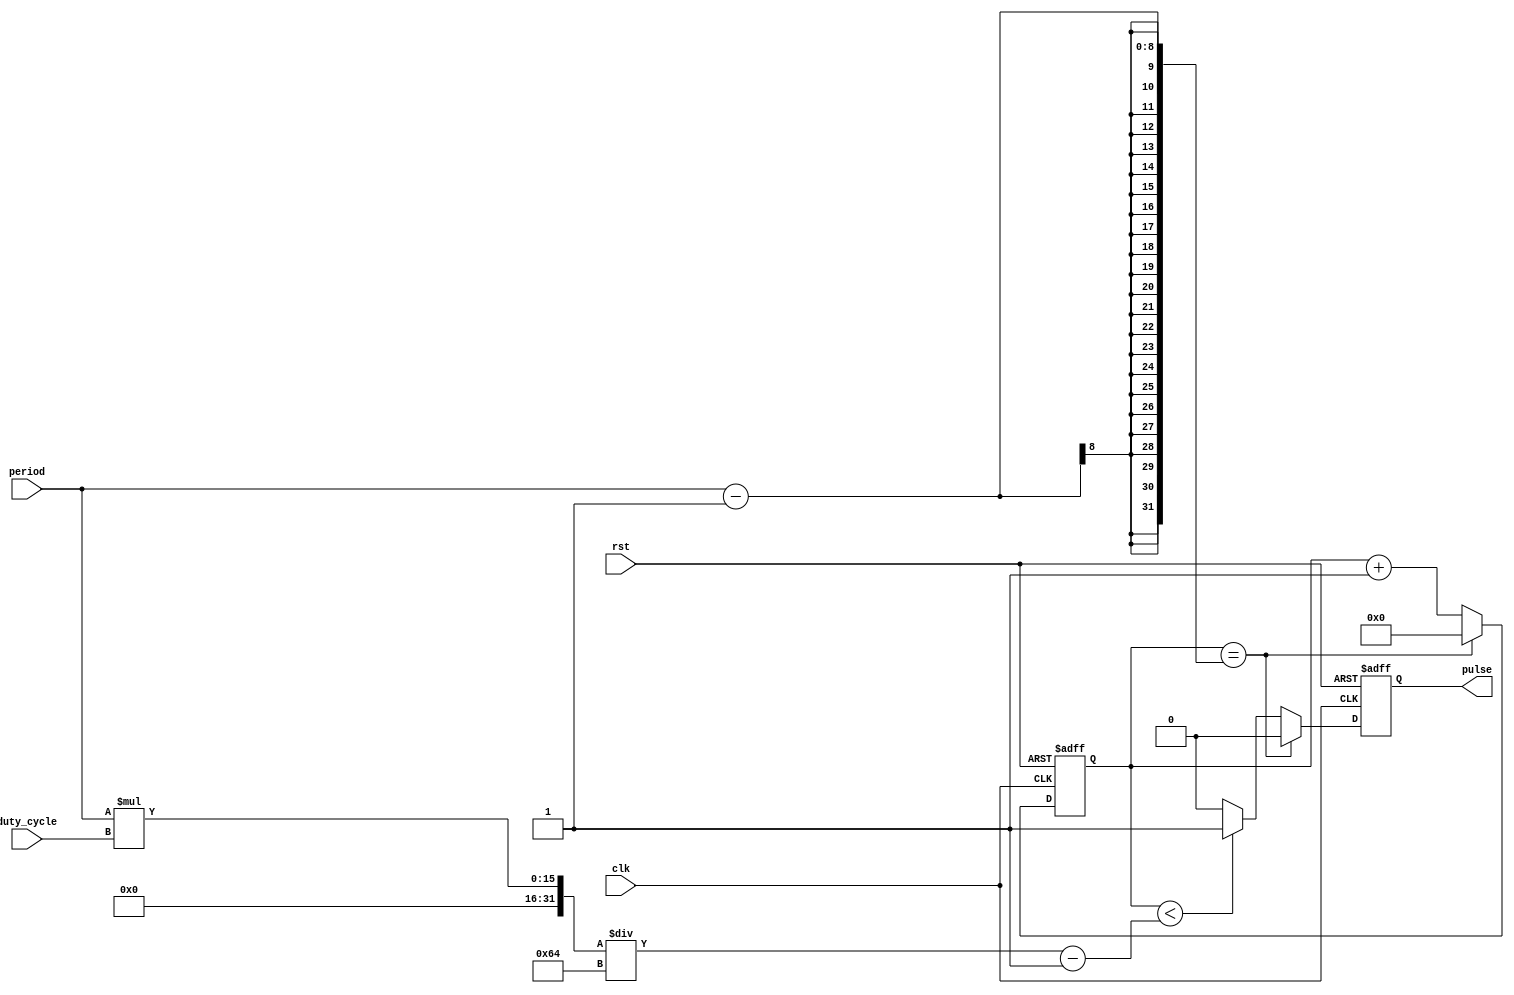
module duty_cycle_pulse_generator (
  input wire clk, // Clock signal
  input wire rst, // Reset signal
  input wire [7:0] period, // Period of the pulse
  input wire [7:0] duty_cycle, // Percentage of time the pulse is high
  output reg pulse // Output pulse signal
);

reg [7:0] counter;

always @(posedge clk or posedge rst) begin
  if (rst) begin
    counter <= 8'h00;
    pulse <= 1'b0;
  end else begin
    counter <= counter + 1;
    if (counter == period - 1) begin
      counter <= 8'h00;
      pulse <= 1'b0;
    end else if (counter < (period * duty_cycle / 100) - 1) begin
      pulse <= 1'b1;
    end else begin
      pulse <= 1'b0;
    end
  end
end

endmodule